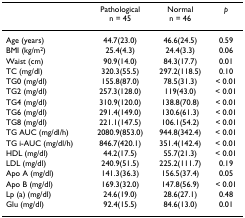
|  | Pathologicaln = 45 | Normaln = 46 | p |
 | --- | --- | --- | --- |
 | Age (years) | 44.7(23.0) | 46.6(24.5) | 0.59 |
 | BMI (kg/m2) | 25.4(4.3) | 24.4(3.3) | 0.06 |
 | Waist (cm) | 90.9(14.0) | 84.3(17.7) | 0.01 |
 | TC (mg/dl) | 320.3(55.5) | 297.2(118.5) | 0.10 |
 | TG0 (mg/dl) | 155.8(87.0) | 78.5(31.3) | < 0.01 |
 | TG2 (mg/dl) | 257.3(128.0) | 119(43.0) | < 0.01 |
 | TG4 (mg/dl) | 310.9(120.0) | 138.8(70.8) | < 0.01 |
 | TG6 (mg/dl) | 291.4(149.0) | 130.6(61.3) | < 0.01 |
 | TG8 (mg/dl) | 221.1(147.5) | 106.1(54.2) | < 0.01 |
 | TG AUC (mg/dl/h) | 2080.9(853.0) | 944.8(342.4) | < 0.01 |
 | TG i-AUC (mg/dl/h) | 846.7(420.1) | 351.4(142.4) | < 0.01 |
 | HDL (mg/dl) | 44.2(17.5) | 55.7(21.3) | < 0.01 |
 | LDL (mg/dl) | 240.9(51.5) | 225.2(111.7) | 0.19 |
 | Apo A (mg/dl) | 141.3(36.3) | 156.5(37.4) | 0.05 |
 | Apo B (mg/dl) | 169.3(32.0) | 147.8(56.9) | < 0.01 |
 | Lp (a) (mg/dl) | 24.6(19.0) | 28.6(27.1) | 0.48 |
 | Glu (mg/dl) | 92.4(15.5) | 84.6(13.0) | 0.01 |